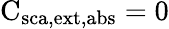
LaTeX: \mathrm{C_{\mathrm{{sca},\mathrm{{ext},\mathrm{{abs}}}}}=0}